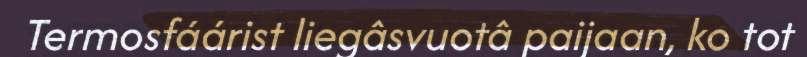
Termosfáárist liegâsvuotâ paijaan, ko tot